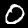
Digit: 0